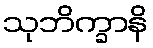
သုဘိက္ခာနိ